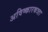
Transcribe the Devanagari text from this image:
अविष्कारकत्र्ता